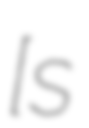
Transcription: ​[sɛ̃